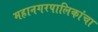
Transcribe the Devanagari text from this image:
महानगरपालिकांचा